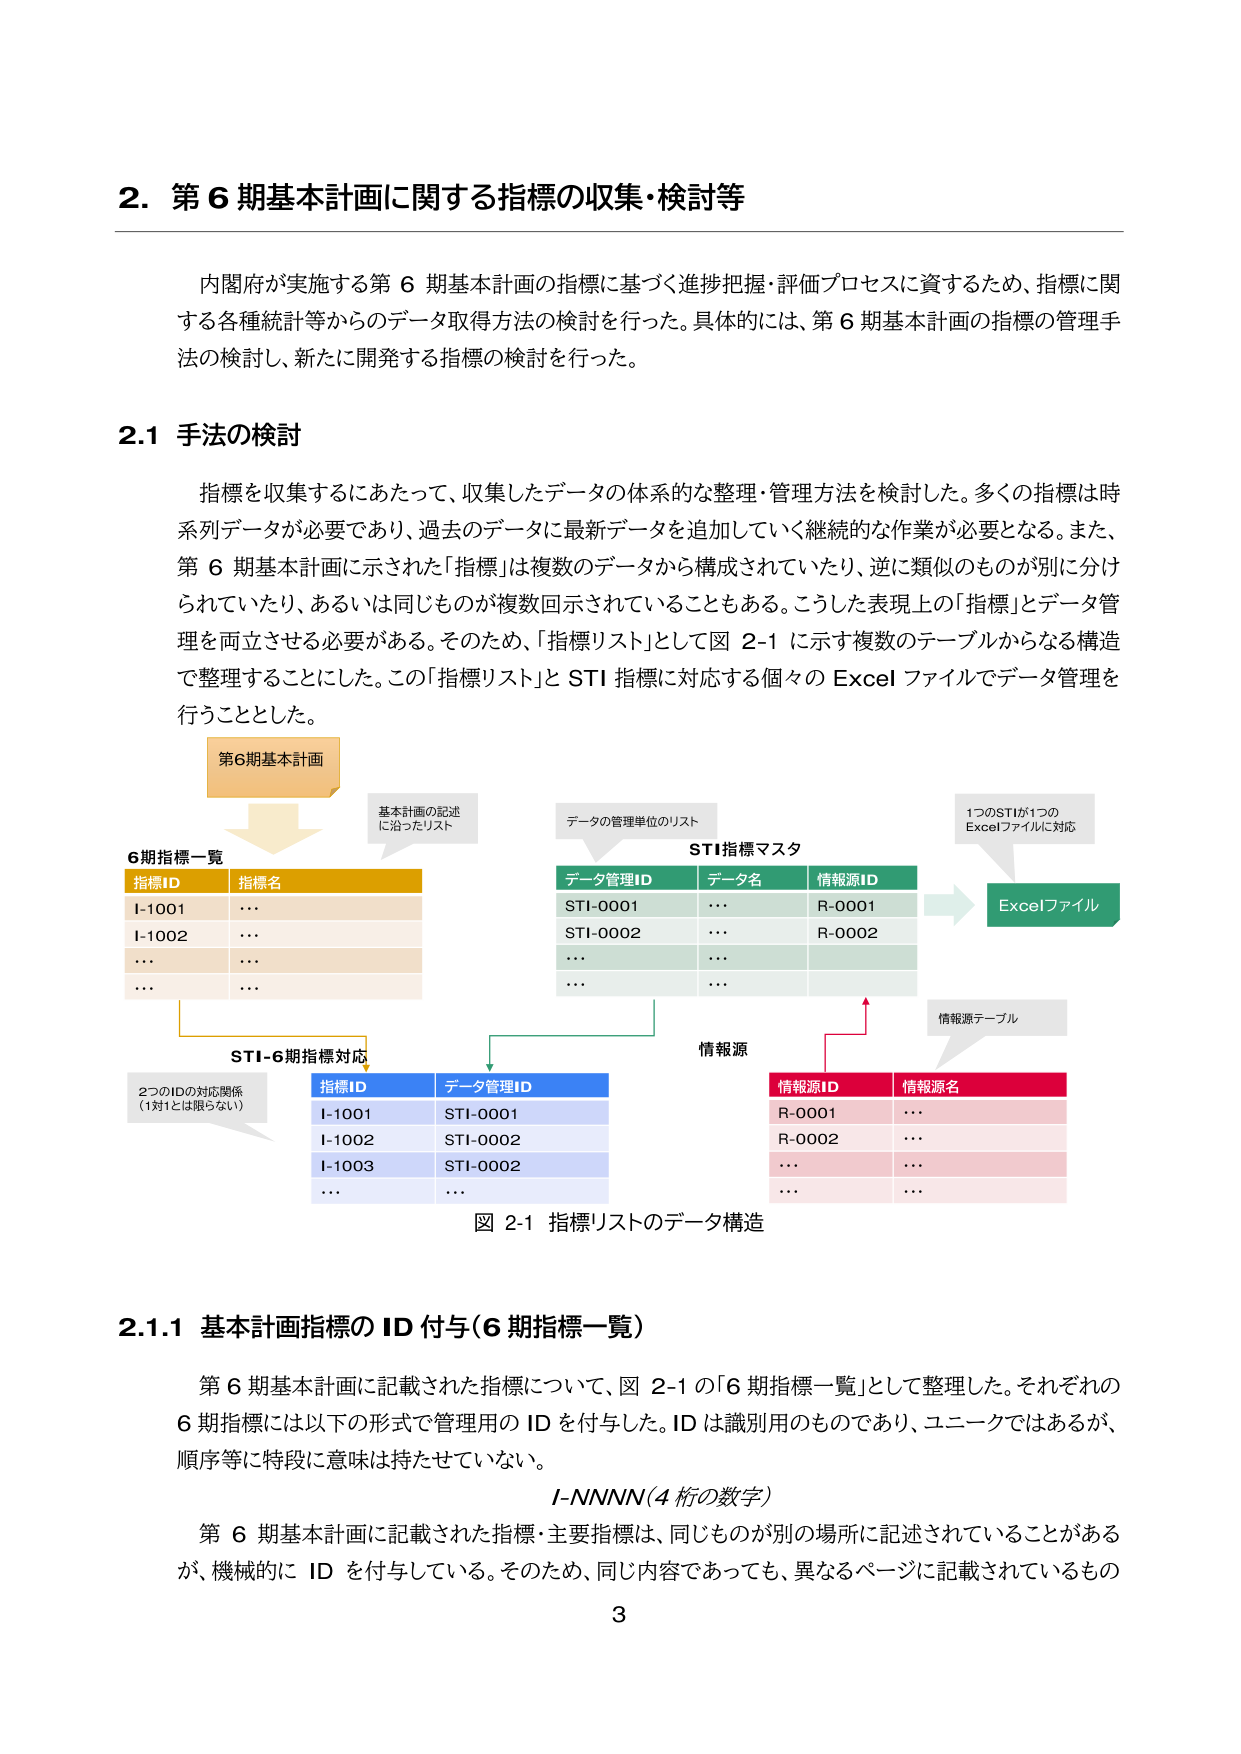
2. 第6期基本計画に関する指標の収集・検討等

内閣府が実施する第6期基本計画の指標に基づく進捗把握・評価プロセスに資するため、指標に関する各種統計等からのデータ取得方法の検討を行った。具体的には、第6期基本計画の指標の管理手法の検討し、新たに開発する指標の検討を行った。

2.1 手法の検討

指標を収集するにあたって、収集したデータの体系的な整理・管理方法を検討した。多くの指標は時系列データが必要であり、過去のデータに最新データを追加していく継続的な作業が必要となる。また、第6期基本計画に示された「指標」は複数のデータから構成されていたり、逆に類似のものが別に分けられていたり、あるいは同じものが複数回示されていることもある。こうした表現上の「指標」とデータ管理を両立させる必要がある。そのため、「指標リスト」として図2-1に示す複数のテーブルからなる構造で整理することにした。この「指標リスト」とSTI指標に対応する個々のExcelファイルでデータ管理を行うこととした。

第6期基本計画
基本計画の記述に沿ったリスト
データの管理単位のリスト
STI指標マスタ
1つのSTIが1つのExcelファイルに対応

6期指標一覧
指標ID 指標名
I-1001...
I-1002...
......
......

STI-6期指標対応
2つのIDの対応関係（1対1とは限らない）
指標ID データ管理ID
I-1001 STI-0001
I-1002 STI-0002
I-1003 STI-0002
......

データ管理ID データ名 情報源ID
STI-0001... R-0001
STI-0002... R-0002
.........
.........

情報源
情報源テーブル
情報源ID 情報源名
R-0001...
R-0002...
......
......

Excelファイル

図2-1 指標リストのデータ構造

2.1.1 基本計画指標のID付与（6期指標一覧）

第6期基本計画に記載された指標について、図2-1の「6期指標一覧」として整理した。それぞれの6期指標には以下の形式で管理用のIDを付与した。IDは識別用のものであり、ユニークではあるが、順序等に特段に意味は持たせていない。

I-NNNN（4桁の数字）

第6期基本計画に記載された指標・主要指標は、同じものが別の場所に記述されていることがあるが、機械的にIDを付与している。そのため、同じ内容であっても、異なるページに記載されているもの

3